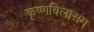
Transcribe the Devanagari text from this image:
कृष्णविलासम